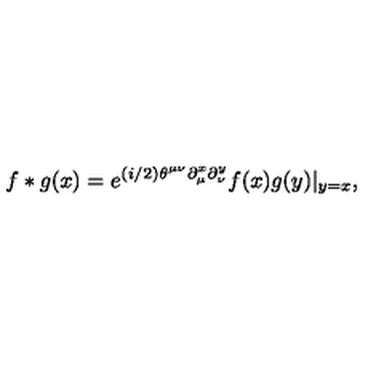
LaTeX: f * g ( x ) = e ^ { ( i / 2 ) \theta ^ { \mu \nu } \partial _ { \mu } ^ { x } \partial _ { \nu } ^ { y } } f ( x ) g ( y ) | _ { y = x } ,